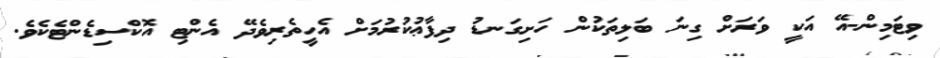
ވިޓަމިން-އޭ އަކީ ވަރަށް ގިނަ ބަލިތަކުން ހަށިގަނޑު ދިފާޢުކުރުމަށް އެހީތެރިވެދޭ އެންޓި އޮކްސިޑެންޓެކެވެ.